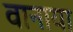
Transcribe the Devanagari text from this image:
वानाया